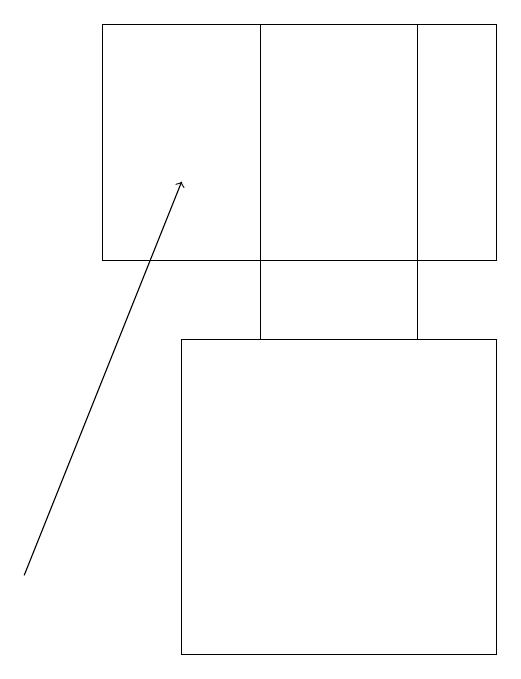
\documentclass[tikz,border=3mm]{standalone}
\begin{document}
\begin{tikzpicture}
\draw (7,14) rectangle (5,18);
\draw (3,15) rectangle (8,18);
\draw (4,10) rectangle (8,14);
\draw[->] (2,11) -- (4,16);
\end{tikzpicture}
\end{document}